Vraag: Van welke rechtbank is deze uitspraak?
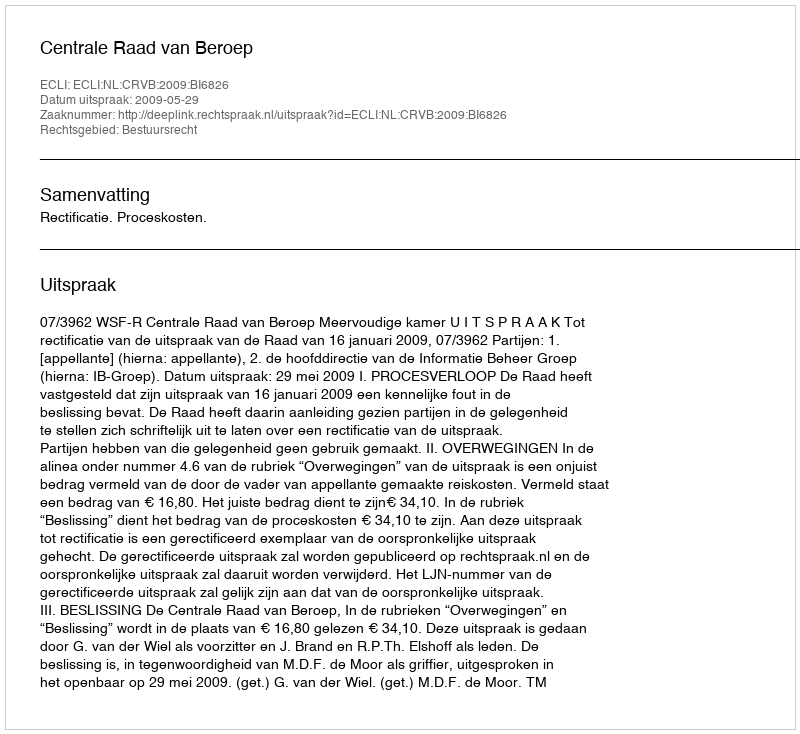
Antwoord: Centrale Raad van Beroep